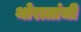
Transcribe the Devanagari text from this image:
थोरातांची